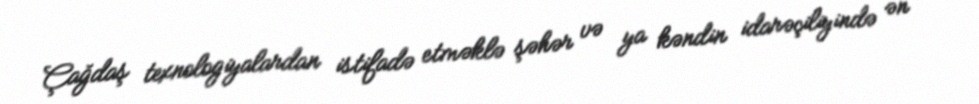
Çağdaş texnologiyalardan istifadə etməklə şəhər və ya kəndin idarəçiliyində ən